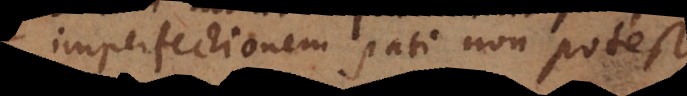
imperfectionem pati non potest